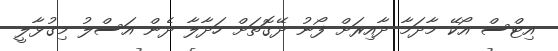
އިޓްސް އޯކޭ މާދަމާ ދާއިރަށް ފޯނު ދޭގޮތަށް ހަދާލާ ދެން އަސްލު މިގުޅާލީ